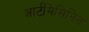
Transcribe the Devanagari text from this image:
आर्टमिसिनिन